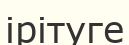
ірітуге